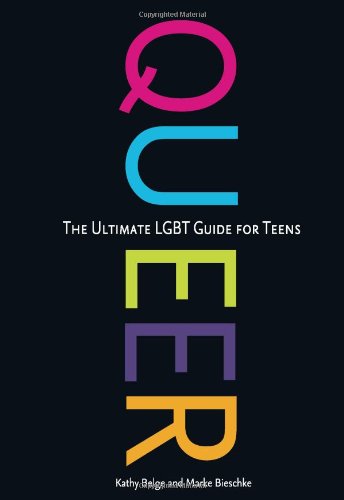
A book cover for Queer: The Ultimate LGBT Guide for Teens; Kathy Belge; Gay & Lesbian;